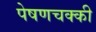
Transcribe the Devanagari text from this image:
पेषणचक्की